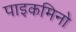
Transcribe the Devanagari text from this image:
पाइकमिनो